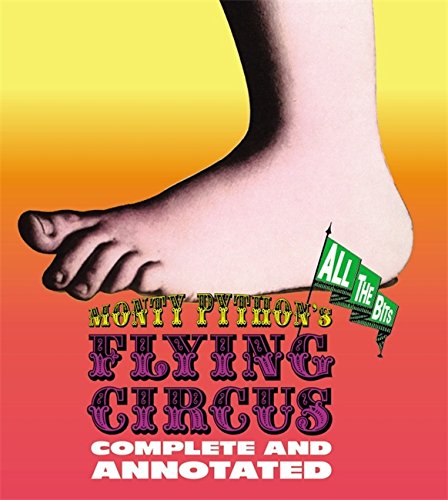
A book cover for Monty Python?s Flying Circus: Complete and Annotated...All the Bits; Luke Dempsey; Humor & Entertainment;